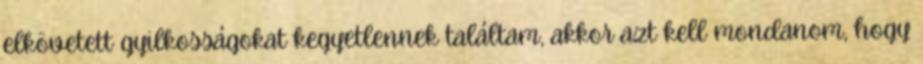
elkövetett gyilkosságokat kegyetlennek találtam, akkor azt kell mondanom, hogy